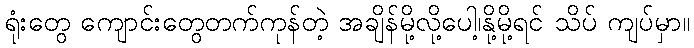
ရုံးတွေ ကျောင်းတွေတက်ကုန်တဲ့ အချိန်မို့လို့ပေါ့၊နို့မို့ရင် သိပ် ကျပ်မှာ။